Indian journal of veterinary science and animal husbandry - Volume 9,
Year: 1939
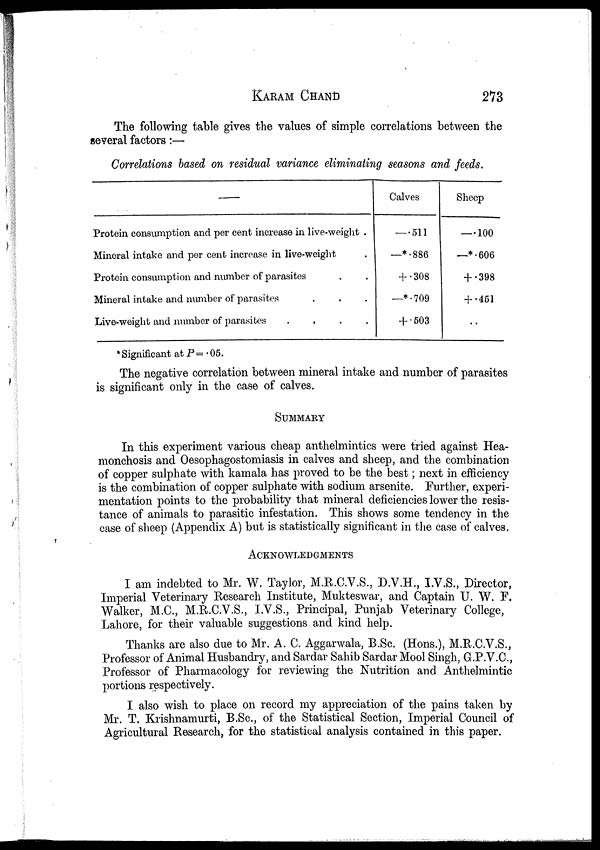
KARAM CHAND 273
The following table gives the values of simple correlations between the
several factors:—
Correlations based on residual variance eliminating seasons and feeds.
—
Protein consumption and per cent increase in live-weight .
Mineral intake and per cent increase in live-weight .
Protein consumption and number of parasites . .
Mineral intake and number of parasites . . .
Live-weight and number of parasites . . . .
Calves
— .511
—*.886
+ .308
—*.709
+ .503
Sheep
—.100
—*.606
+ .398
+ .451
..
* Significant at P = .05.
The negative correlation between mineral intake and number of parasites
is significant only in the case of calves.
SUMMARY
In this experiment various cheap anthelmintics were tried against Hea¬
monchosis and Oesophagostomiasis in calves and sheep, and the combination
of copper sulphate with kamala has proved to be the best; next in efficiency
is the combination of copper sulphate with sodium arsenite. Further, experi-
mentation points to the probability that mineral deficiencies lower the resis-
tance of animals to parasitic infestation. This shows some tendency in the
case of sheep (Appendix A) but is statistically significant in the case of calves.
ACKNOWLEDGMENTS
I am indebted to Mr. W. Taylor, M.R.C.V.S., D.V.H., I.V.S., Director,
Imperial Veterinary Research Institute, Mukteswar, and Captain U. W. F.
Walker, M.C., M.R.C.V.S., I.V.S., Principal, Punjab Veterinary College,
Lahore, for their valuable suggestions and kind help.
Thanks are also due to Mr. A. C. Aggarwala, B.Sc. (Hons.), M.R.C.V.S.,
Professor of Animal Husbandry, and Sardar Sahib Sardar Mool Singh, G.P.V.C.,
Professor of Pharmacology for reviewing the Nutrition and Anthelmintic
portions respectively.
I also wish to place on record my appreciation of the pains taken by
Mr. T. Krishnamurti, B.Sc., of the Statistical Section, Imperial Council of
Agricultural Research, for the statistical analysis contained in this paper.